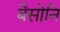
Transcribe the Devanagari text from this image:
बैसोनि